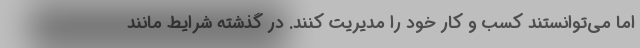
اما می‌توانستند کسب و کار خود را مدیریت کنند. در گذشته شرایط مانند